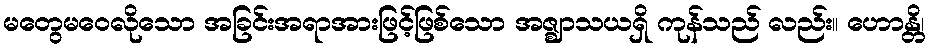
မတွေမဝေလိုသော အခြင်းအရာအားဖြင့်ဖြစ်သော အဇ္ဈာသယရှိ ကုန်သည် လည်း။ ဟောန္တိ၊